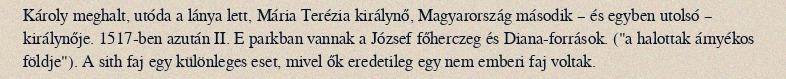
Károly meghalt, utóda a lánya lett, Mária Terézia királynő, Magyarország második – és egyben utolsó – királynője. 1517-ben azután II. E parkban vannak a József főherczeg és Diana-források. ("a halottak árnyékos földje"). A sith faj egy különleges eset, mivel ők eredetileg egy nem emberi faj voltak.